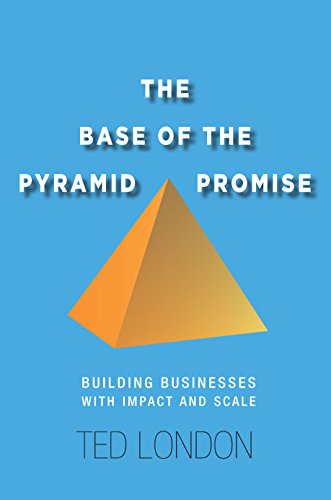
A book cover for The Base of the Pyramid Promise: Building Businesses with Impact and Scale; Ted London; Business & Money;